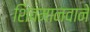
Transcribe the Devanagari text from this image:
शिवमानवाने